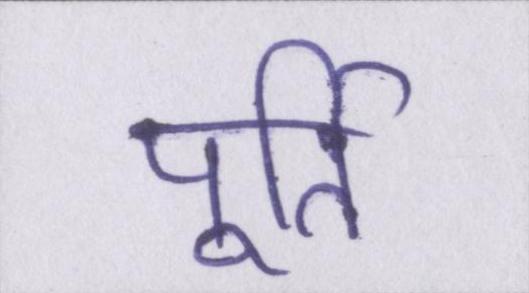
पूर्ति